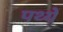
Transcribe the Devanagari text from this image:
पथ्यें